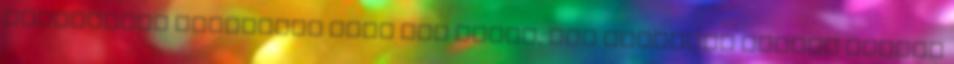
válasszunk alufelnit Home KIA felni, KIA alufelni Összes modell